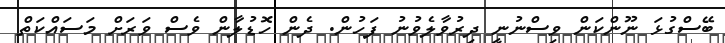
ބޭސްގުޅަ ނޫންކަން ވިސްނުނީ ދިރުވާލެވުނު ފަހުން. ދެން ހޮޑުލާން ވެސް ވަރަށް މަސައްކަތް